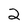
Character: 2